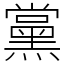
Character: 黨